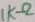
Text: 1KΩ